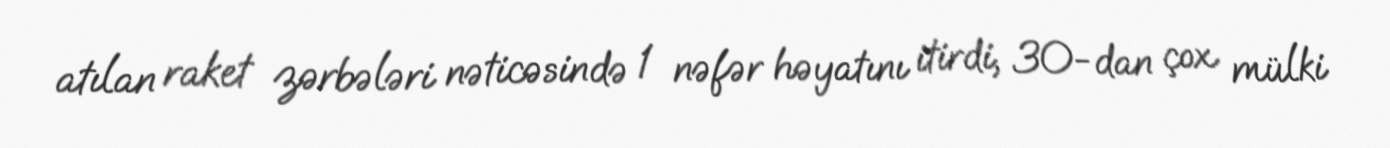
atılan raket zərbələri nəticəsində 1 nəfər həyatını itirdi, 30-dan çox mülki